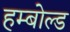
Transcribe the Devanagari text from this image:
हम्बोल्ड